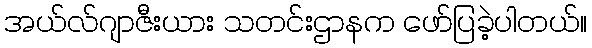
အယ်လ်ဂျာဇီးယား သတင်းဌာနက ဖော်ပြခဲ့ပါတယ်။